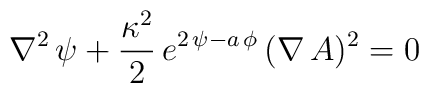
\nabla^{2}\, \psi+ {\kappa^{2} \over  2}\, e^{2\, \psi - a\, \phi}\,(\nabla\,A)^{2}=0